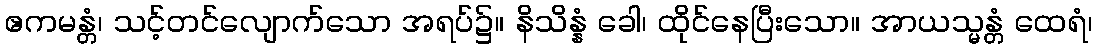
ဧကမန္တံ၊ သင့်တင်လျောက်သော အရပ်၌။ နိသိန္နံ ခေါ၊ ထိုင်နေပြီးသော။ အာယသ္မန္တံ ထေရံ၊